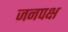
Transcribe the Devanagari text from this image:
जनपक्ष